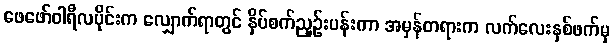
ဖေဖော်ဝါရီလပိုင်းက လျှောက်ရာတွင် နှိပ်စက်ညှဉ်းပန်းကာ အမှန်တရားက လက်လေးနှစ်ဖက်မှ